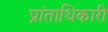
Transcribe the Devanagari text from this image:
प्रांताधिकारी